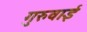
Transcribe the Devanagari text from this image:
गुरुवाई